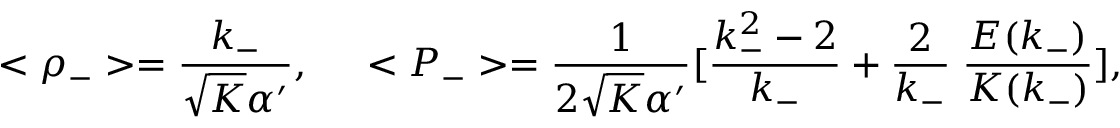
< \rho _ { - } > = \frac { k _ { - } } { \sqrt { K } \alpha ^ { \prime } } , \; \; \; \; \; < P _ { - } > = \frac { 1 } { 2 \sqrt { K } \alpha ^ { \prime } } [ \frac { k _ { - } ^ { 2 } - 2 } { k _ { - } } + \frac { 2 } { k _ { - } } \; \frac { E ( k _ { - } ) } { K ( k _ { - } ) } ] ,